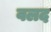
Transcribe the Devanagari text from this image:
वलद